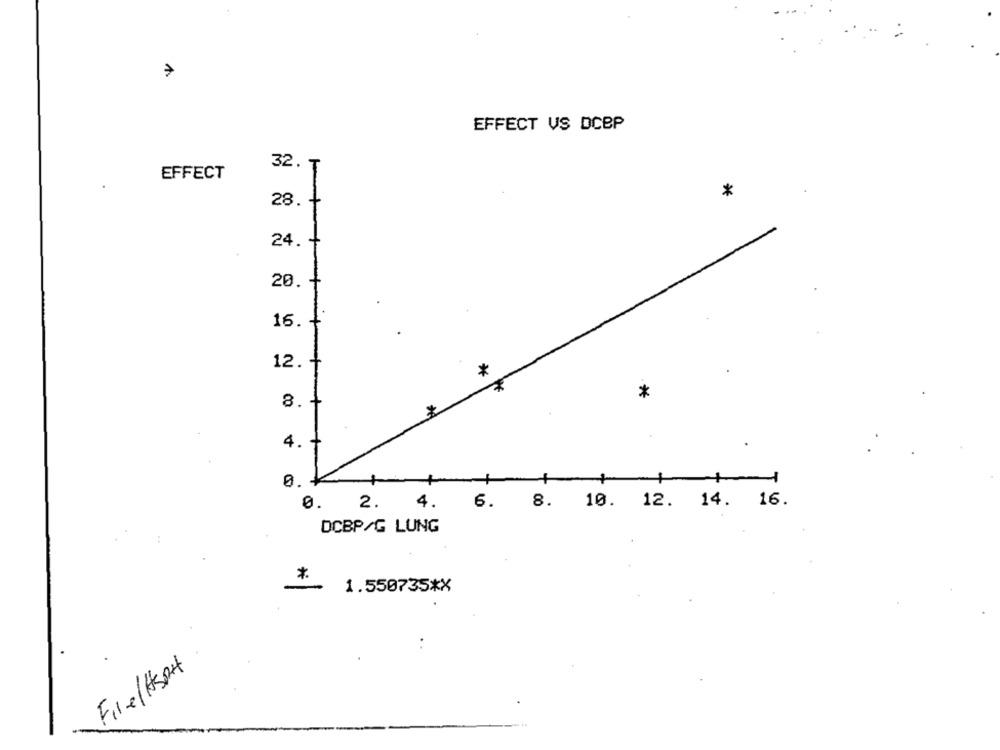
7
EFFECT VS DCBP
32. T
EFFECT
*
28.
+
24.
20.
16.
12.
*
*
8.
4.
+
+
0.
6. 8. 10. 12. 14. 16.
0.
2. 4.
DCBP/G LUNG
*
1.550735*X
Fire/HSpH